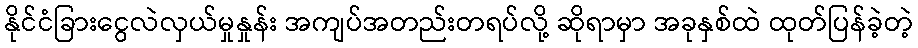
နိုင်ငံခြားငွေလဲလှယ်မှုနှုန်း အကျပ်အတည်းတရပ်လို့ ဆိုရာမှာ အခုနှစ်ထဲ ထုတ်ပြန်ခဲ့တဲ့